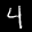
Label: 4